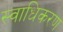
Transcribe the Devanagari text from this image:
स्वाधिकरण